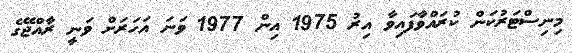
މިނިސްޓަރުކަން ކުރައްވާފައިވާ އިރު 1975 އިން 1977 ވަނަ އަހަރަށް ވަނީ ރާއްޖޭގެ